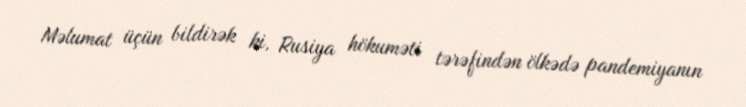
Məlumat üçün bildirək ki, Rusiya hökuməti tərəfindən ölkədə pandemiyanın